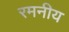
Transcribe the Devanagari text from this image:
रमनीय